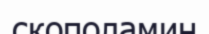
скополамин